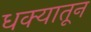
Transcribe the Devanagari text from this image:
धक्यातून